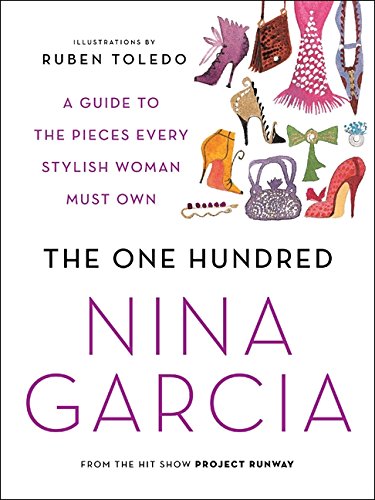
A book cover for The One Hundred: A Guide to the Pieces Every Stylish Woman Must Own; Nina Garcia; Arts & Photography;